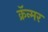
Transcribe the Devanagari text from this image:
क्रॅन्मर